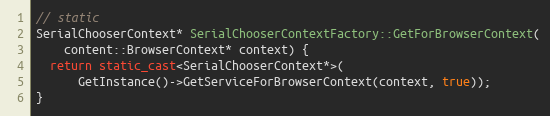
Language: C++
// static
SerialChooserContext* SerialChooserContextFactory::GetForBrowserContext(
    content::BrowserContext* context) {
  return static_cast<SerialChooserContext*>(
      GetInstance()->GetServiceForBrowserContext(context, true));
}